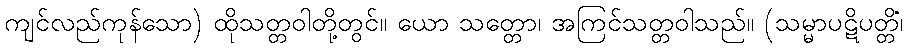
ကျင်လည်ကုန်သော) ထိုသတ္တဝါတို့တွင်။ ယော သတ္တော၊ အကြင်သတ္တဝါသည်။ (သမ္မာပဋိပတ္တိံ၊